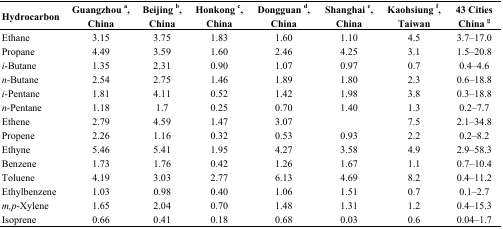
<table><thead><tr><td><b>Hydrocarbon</b></td><td><b>Guangzhou <sup>a</sup>, China</b></td><td><b>Beijing <sup>b</sup>, China</b></td><td><b>Honkong <sup>c</sup>, China</b></td><td><b>Dongguan <sup>d</sup>, China</b></td><td><b>Shanghai <sup>e</sup>, China</b></td><td><b>Kaohsiung <sup>f</sup>, Taiwan</b></td><td><b>43 Cities China <sup>g</sup></b></td></tr></thead><tbody><tr><td>Ethane</td><td>3.15</td><td>3.75</td><td>1.83</td><td>1.60</td><td>1.10</td><td>4.5</td><td>3.7–17.0</td></tr><tr><td>Propane</td><td>4.49</td><td>3.59</td><td>1.60</td><td>2.46</td><td>4.25</td><td>3.1</td><td>1.5–20.8</td></tr><tr><td><i>i</i>-Butane</td><td>1.35</td><td>2.31</td><td>0.90</td><td>1.07</td><td>0.97</td><td>0.7</td><td>0.4–4.6</td></tr><tr><td><i>n</i>-Butane</td><td>2.54</td><td>2.75</td><td>1.46</td><td>1.89</td><td>1.80</td><td>2.3</td><td>0.6–18.8</td></tr><tr><td><i>i</i>-Pentane</td><td>1.81</td><td>4.11</td><td>0.52</td><td>1.42</td><td>1.98</td><td>3.8</td><td>0.3–18.8</td></tr><tr><td><i>n</i>-Pentane</td><td>1.18</td><td>1.7</td><td>0.25</td><td>0.70</td><td>1.40</td><td>1.3</td><td>0.2–7.7</td></tr><tr><td>Ethene</td><td>2.79</td><td>4.59</td><td>1.47</td><td>3.07</td><td></td><td>7.5</td><td>2.1–34.8</td></tr><tr><td>Propene</td><td>2.26</td><td>1.16</td><td>0.32</td><td>0.53</td><td>0.93</td><td>2.2</td><td>0.2–8.2</td></tr><tr><td>Ethyne</td><td>5.46</td><td>5.41</td><td>1.95</td><td>4.27</td><td>3.58</td><td>4.9</td><td>2.9–58.3</td></tr><tr><td>Benzene</td><td>1.73</td><td>1.76</td><td>0.42</td><td>1.26</td><td>1.67</td><td>1.1</td><td>0.7–10.4</td></tr><tr><td>Toluene</td><td>4.19</td><td>3.03</td><td>2.77</td><td>6.13</td><td>4.69</td><td>8.2</td><td>0.4–11.2</td></tr><tr><td>Ethylbenzene</td><td>1.03</td><td>0.98</td><td>0.40</td><td>1.06</td><td>1.51</td><td>0.7</td><td>0.1–2.7</td></tr><tr><td><i>m,p</i>-Xylene</td><td>1.65</td><td>2.04</td><td>0.70</td><td>1.48</td><td>1.31</td><td>1.2</td><td>0.4–15.3</td></tr><tr><td>Isoprene</td><td>0.66</td><td>0.41</td><td>0.18</td><td>0.68</td><td>0.03</td><td>0.6</td><td>0.04–1.7</td></tr></tbody></table>